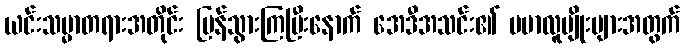
ယင်းသမ္မာတရားအတိုင်း ပြန်သွားကြပြီးနောက် အေဒီအသင်း၏ ဗမာလူမျိုးများအတွက်